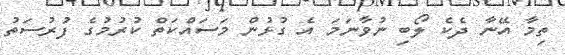
ތިމާ އޭނާ ދެކެ ލޯބި ނުވާނަމަ އެ ގުޅުން މަސައްކަތް ކުރުމުގެ ފުރުސަތު